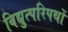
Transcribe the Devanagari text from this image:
विद्युत्परिपथों